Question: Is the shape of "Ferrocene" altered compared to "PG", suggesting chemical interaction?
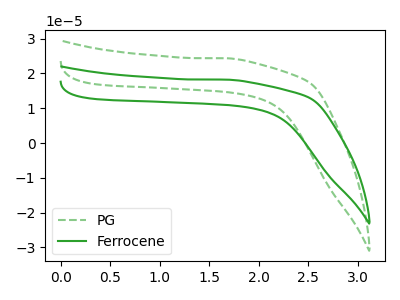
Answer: <think>The green dashed curve "PG" has no peaks. The green curve "Ferrocene" has no peaks.
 Neither "Ferrocene" or "PG" have any peaks.</think>
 <answer>No, "Ferrocene" and "PG" don't appear to be significantly different in shape</answer>
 <eval>no_change</eval>